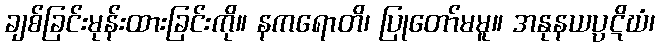
ချစ်ခြင်းမုန်းထားခြင်းကို။ နကရောတိ၊ ပြုတော်မမူ။ အနုနယပ္ပဋိဃံ၊